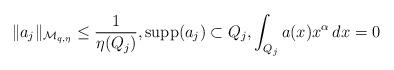
LaTeX: \begin{align*}\|a_j\|_{{\mathcal M}_{q,\eta}} \le\frac{1}{\eta(Q_j)}, {\rm supp}(a_j) \subset Q_j, \int_{Q_j}a(x)x^\alpha\,dx=0\end{align*}